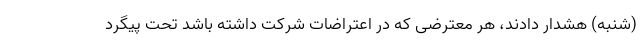
(شنبه) هشدار دادند، هر معترضی که در اعتراضات شرکت داشته باشد تحت پیگرد